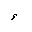
Letter: _hamza